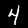
Label: 4